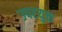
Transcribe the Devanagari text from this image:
उपरयुक्त